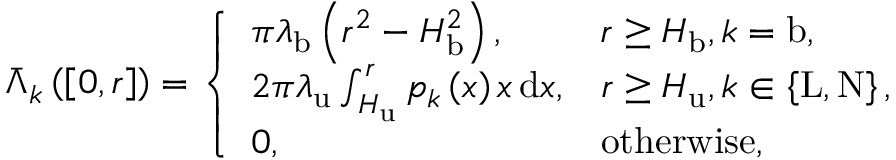
\begin{array} { r } { \bar { \Lambda } _ { k } \left( \left[ 0 , r \right] \right) = \left\{ \begin{array} { l l } { \pi \lambda _ { \mathrm { b } } \left( r ^ { 2 } - H _ { \mathrm { b } } ^ { 2 } \right) , } & { r \ge H _ { \mathrm { b } } , k = \mathrm { b } , } \\ { 2 \pi \lambda _ { \mathrm { u } } \int _ { H _ { \mathrm { u } } } ^ { r } { p _ { k } \left( x \right) x \, \mathrm { d } x } , } & { r \ge H _ { \mathrm { u } } , k \in \left\{ \mathrm { L } , \mathrm { N } \right\} , } \\ { 0 , } & { \mathrm { o t h e r w i s e } , } \end{array} \right. } \end{array}